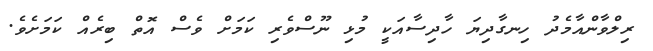
ރިލްވާންއާމެދު ހިނގާދިޔަ ހާދިސާއަކީ މުޅި ނޫސްވެރި ކަމަށް ވެސް އޮތް ބިރެއް ކަމަށެވެ.